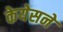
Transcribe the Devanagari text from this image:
केयेसने